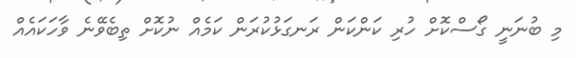
މި ބުނަނީ ގޯސްކޮށް ހުރި ކަންކަން ރަނގަޅުކުރަން ކަމެއް ނުކޮށް ތިބެވޭނެ ވާހަކައެއް